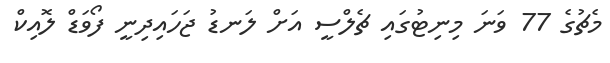
މެޗުގެ 77 ވަނަ މިނިޓުގައި ޗެލްސީ އަށް ލަނޑު ޖަހައިދިނީ ފޯވަޑް ލޮއިކް